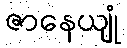
ဇာနေယျုံ